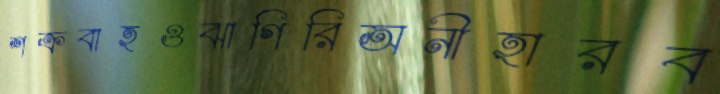
শক্রবাহওঝাগিরিঅনীহারব